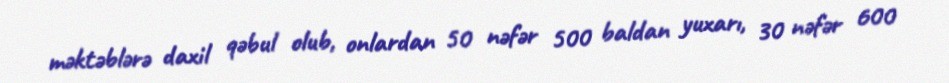
məktəblərə daxil qəbul olub, onlardan 50 nəfər 500 baldan yuxarı, 30 nəfər 600